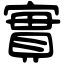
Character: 實